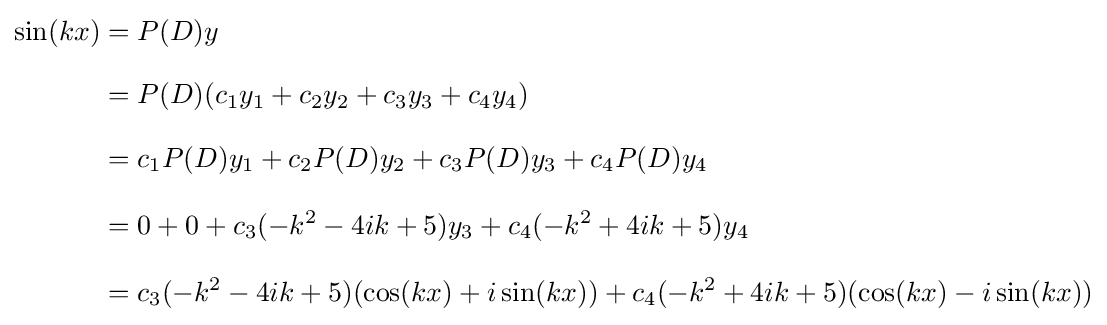
{\begin{aligned}\sin(kx)&=P(D)y\\[8pt]&=P(D)(c_{1}y_{1}+c_{2}y_{2}+c_{3}y_{3}+c_{4}y_{4})\\[8pt]&=c_{1}P(D)y_{1}+c_{2}P(D)y_{2}+c_{3}P(D)y_{3}+c_{4}P(D)y_{4}\\[8pt]&=0+0+c_{3}(-k^{2}-4ik+5)y_{3}+c_{4}(-k^{2}+4ik+5)y_{4}\\[8pt]&=c_{3}(-k^{2}-4ik+5)(\cos(kx)+i\sin(kx))+c_{4}(-k^{2}+4ik+5)(\cos(kx)-i\sin(kx))\end{aligned}}